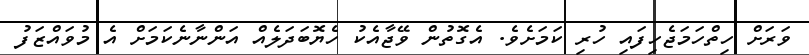
ވަރަށް ހިތްހަމަޖެހިފައި ހުރި ކަމަށެވެ. އެގޮތުން ވޭޖާއެކު ހެޔޮބަދަލެއް އަންނާނެކަމަށް އެ މުވައްޒަފު